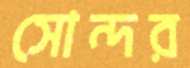
সোন্দর